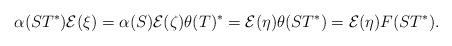
LaTeX: \begin{align*}\alpha(ST^*)\mathcal{E}(\xi)=\alpha(S) \mathcal{E}(\zeta)\theta(T)^*=\mathcal{E}(\eta)\theta(ST^*)=\mathcal{E}(\eta)F(ST^*).\end{align*}